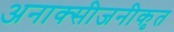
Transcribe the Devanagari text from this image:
अनाक्सीजनीकृत